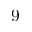
9